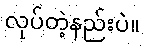
လုပ်တဲ့နည်းပဲ။